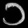
Digit: ၁